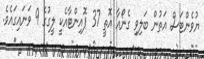
ޔުވެންޓަސް އަތުން ބަލިވި ގެނޯއާ އޮތީ 37 ޕޮއިންޓާއެކީ ލީގުގެ 9 ވަނައިގައެވެ.